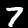
Digit: 7